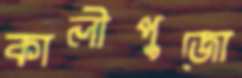
কালীপুজো